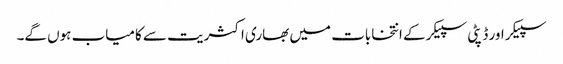
سپیکر اور ڈپٹی سپیکر کے انتخابات میں بھاری اکثریت سے کامیاب ہوں گے۔